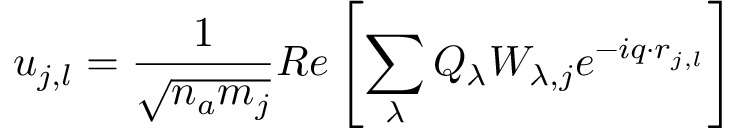
u _ { j , l } = \frac { 1 } { \sqrt { n _ { a } m _ { j } } } R e \left[ \sum _ { \lambda } Q _ { \lambda } W _ { \lambda , j } e ^ { - i q \cdot r _ { j , l } } \right]